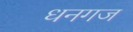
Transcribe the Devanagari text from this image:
धनगज